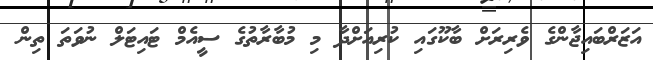
އަޒަރްބައިޖާންގެ ވެރިރަށް ބާކޫގައި ކުރިއަށްދާ މި މުބާރާތުގެ ސީއެމް ޓައިޓަލް ނުވަތަ ތިން